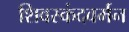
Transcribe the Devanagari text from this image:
शिवस्कंदवर्मन